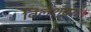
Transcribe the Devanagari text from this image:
विलेश्वर